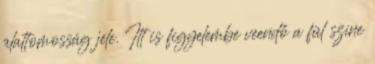
alattomosság jele. Itt is figyelembe veendő a fül színe